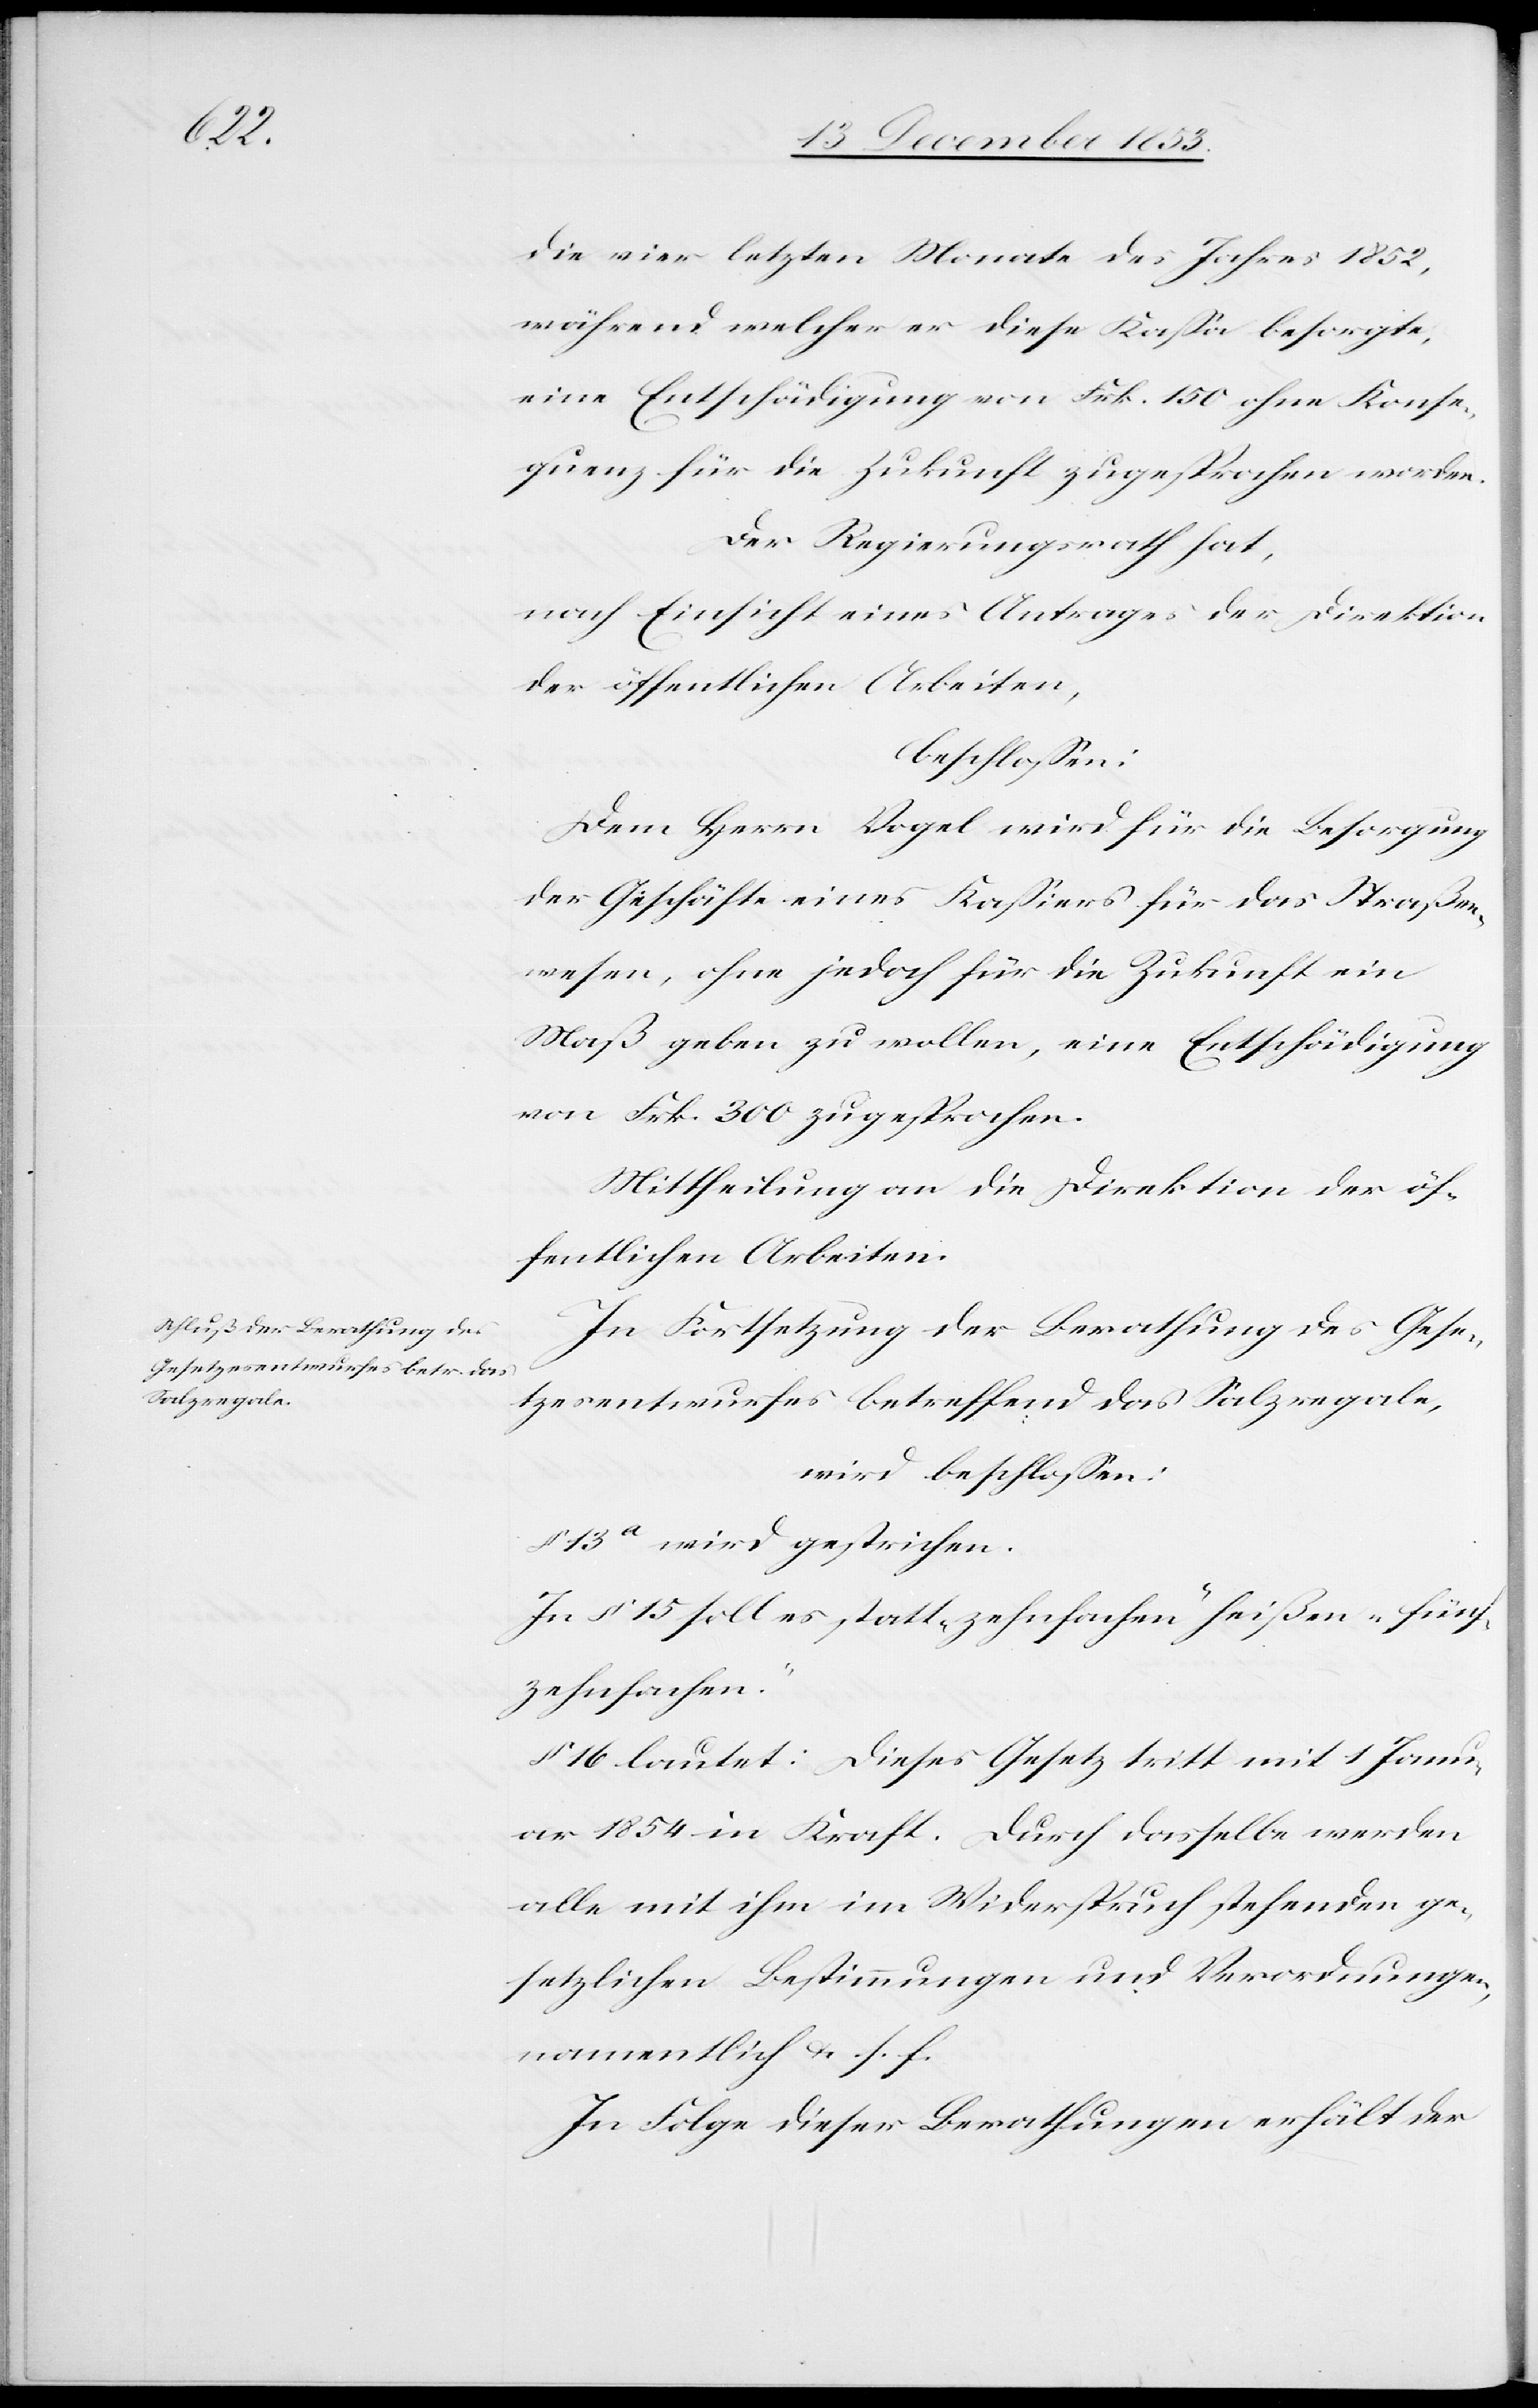
die vier letzten Monate des Jahres 1852,
während welcher er diese Kaßa besorgte,
eine Entschädigung von Frk. 150 ohne Konse¬
quenz für die Zukunft zugesprochen worden.
Der Regierungsrath hat,
nach Einsicht eines Antrages der Direktion
der öffentlichen Arbeiten,
beschloßen:
Dem Herrn Vogel wird für die Besorgung
der Geschäfte eines Kaßiers für das Straßen¬
wesen, ohne jedoch für die Zukunft ein
Maß geben zu wollen, eine Entschädigung
von Frk. 300 zugesprochen.
Mittheilung an die Direktion der öf¬
fentlichen Arbeiten.
In Fortsetzung der Berathung des Gese¬
tzesentwurfes betreffend das Salzregale,
wird beschloßen:
§ 13a wird gestrichen.
In § 15 soll es statt „zehnfachen“ heißen „fünf¬
zehnfachen“.
§ 16 lautet: Dieses Gesetz tritt mit 1 Janu¬
ar 1854 in Kraft. Durch dasselbe werden
alle mit ihm im Widerspruch stehenden ge¬
setzlichen Bestimmungen und Verordnungen
namentlich u. s. f.
In Folge dieser Berathungen erhält der